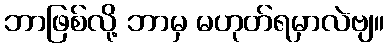
ဘာဖြစ်လို့ ဘာမှ မဟုတ်ရမှာလဲဗျ။